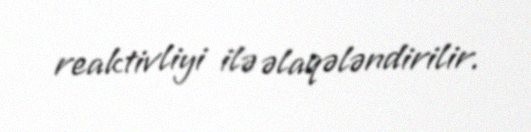
reaktivliyi ilə əlaqələndirilir.